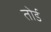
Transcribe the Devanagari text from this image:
तोर्ड